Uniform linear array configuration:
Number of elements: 12
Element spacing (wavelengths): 0.25
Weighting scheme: cosine
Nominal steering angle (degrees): -15
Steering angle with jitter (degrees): -16.622
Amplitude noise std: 0.05
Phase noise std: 0.05

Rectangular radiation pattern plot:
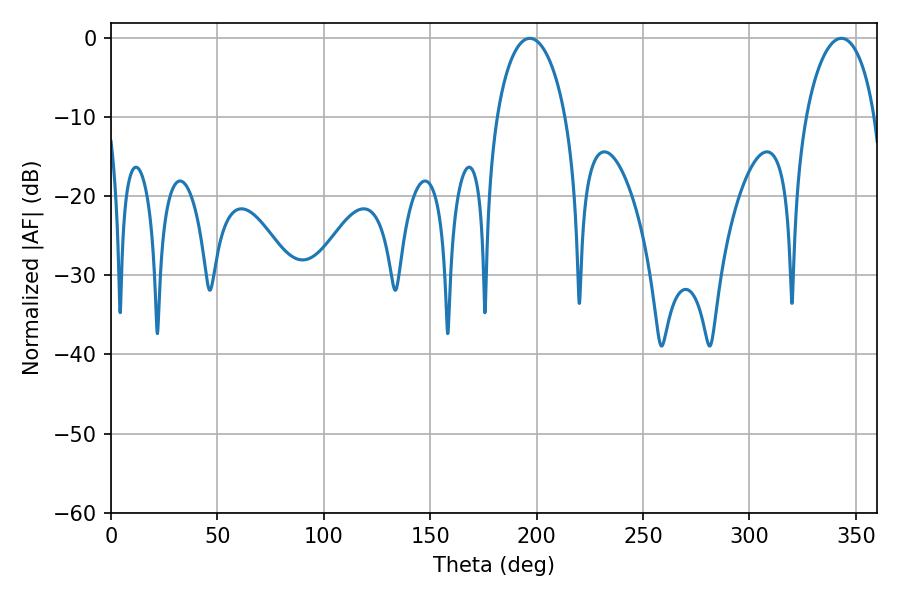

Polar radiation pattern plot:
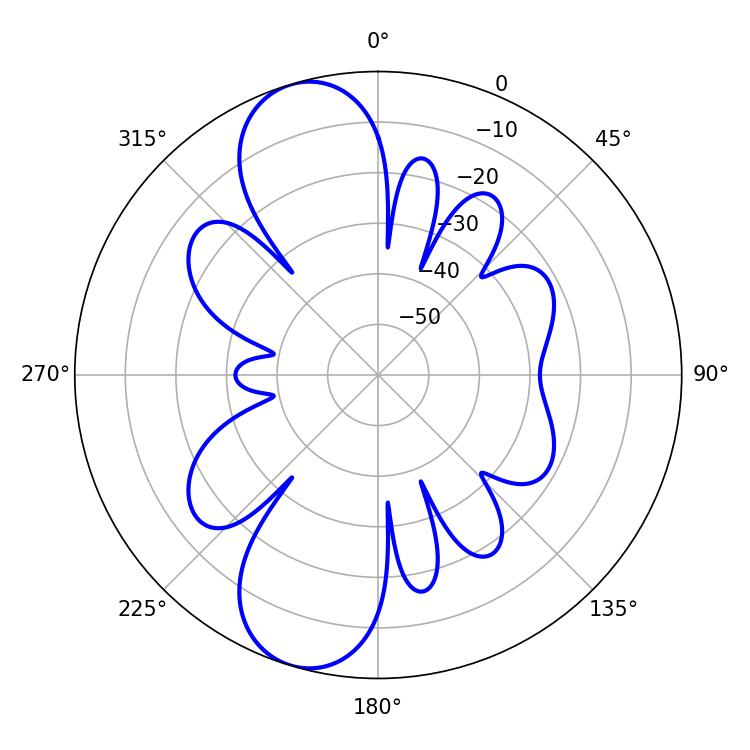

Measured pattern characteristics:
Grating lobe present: FALSE
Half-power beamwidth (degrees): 18.54
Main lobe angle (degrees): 196.74